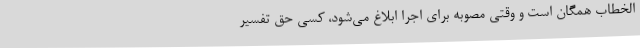
الخطاب همگان است و وقتی مصوبه برای اجرا ابلاغ می‌شود، کسی حق تفسیر